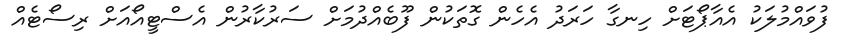
ފުވައްމުލަކު އެއާޕޯޓަށް ހިނގާ ހަރަދު އެހެން ގޮތަކުން ފޫބެއްދުމަށް ސަރުކާރުން އެސްޓީއޯއަށް ރިސޯޓެއް